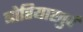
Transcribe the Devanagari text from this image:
बोरियाखुर्द